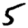
Digit: 5